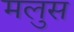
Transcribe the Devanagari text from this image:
मलुस